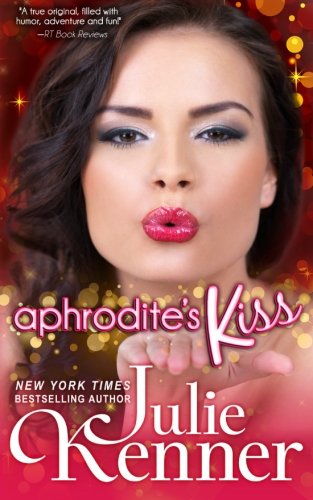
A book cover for Aphrodite's Kiss (Protector (Superhero Series)) (Volume 1); Julie Kenner; Science Fiction & Fantasy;